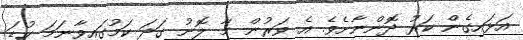
އަޅައިގެން ކަރު ދޮންނާށެވެ. އެ ވަރުން މާ ލޮނު ގަދަ ކަމުގައިވާނަމަ ކުޑަ